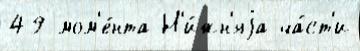
49 мом'е́нта Н'и́жн'яjа ча́ст'и